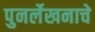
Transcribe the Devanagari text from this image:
पुनर्लेखनाचे